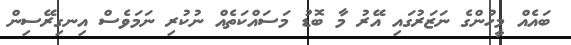
ބައެއް މީހުންގެ ނަޒަރުގައި އޭރު މާ ބޮޑު މަސައްކަތެއް ނުކުރި ނަމަވެސް އިނގިރޭސިން